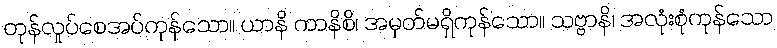
တုန်လှုပ်စေအပ်ကုန်သော။ ယာနိ ကာနိစိ၊ အမှတ်မရှိကုန်သော။ သဗ္ဗာနိ၊ အလုံးစုံကုန်သော